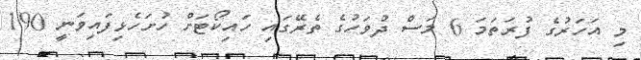
މި އަހަރުގެ ފުރަތަމަ 6 މަސް ދުވަހުގެ ތެރޭގައި ހައިކޯޓަށް ހުށަހެޅިފައިވަނީ 190